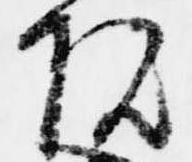
院